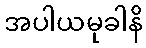
အပါယမုခါနိ